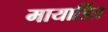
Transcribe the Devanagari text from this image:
मायार्डित